Scientific memoirs by medical officers of the Army of India - Part III,
Year: 1887
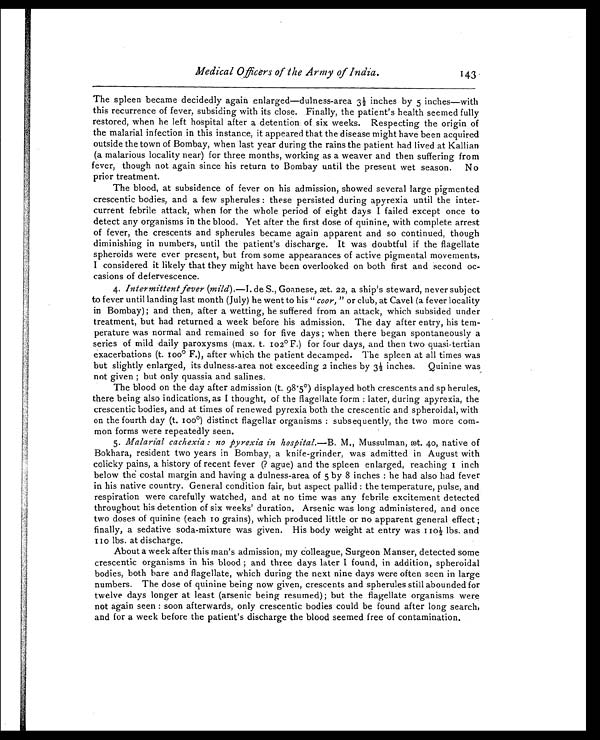
Medical Officers of the Army of India.
The spleen became decidedly again enlarged—dulness-area 3 1/2 inches by 5 inches—with
this recurrence of fever, subsiding with its close. Finally, the patient's health seemed fully
restored, when he left hospital after a detention of six weeks. Respecting the origin of
the malarial infection in this instance, it appeared that the disease might have been acquired
outside the town of Bombay, when last year during the rains the patient had lived at Kallian
(a malarious locality near) for three months, working as a weaver and then suffering from
fever, though not again since his return to Bombay until the present wet season. No
prior treatment.
The blood, at subsidence of fever on his admission, showed several large pigmented
crescentic bodies, and a few spherules : these persisted during apyrexia until the inter-
current febrile attack, when for the whole period of eight days I failed except once to
detect any organisms in the blood. Yet after the first dose of quinine, with complete arrest
of fever, the crescents and spherules became again apparent and so continued, though
diminishing in numbers, until the patient's discharge. It was doubtful if the flagellate
spheroids were ever present, but from some appearances of active pigmental movements,
I considered it likely that they might have been overlooked on both first and second oc-
casions of defervescence.
4. Intermittent fever (mild).—I. de S., Goanese, æt. 22, a ship's steward, never subject
to fever until landing last month (July) he went to his "coor, " or club, at Cavel (a fever locality
in Bombay) ; and then, after a wetting, he suffered from an attack, which subsided under
treatment, but had returned a week before his admission. The day after entry, his tem-
perature was normal and remained so for five days ; when there began spontaneously a
series of mild daily paroxysms (max. t. 102˚ F.) for four days, and then two quasi-tertian
exacerbations (t. 100˚ F.) , after which the patient decamped. The spleen at all times was
but slightly enlarged, its dulness-area not exceeding 2 inches by 3 1/2 inches. Quinine was
not given ; but only quassia and salines.
The blood on the day after admission (t. 98.5˚) displayed both crescents and spherules,
there being also indications, as I thought, of the flagellate form : later, during apyrexia, the
crescentic bodies, and at times of renewed pyrexia both the crescentic and spheroidal, with
on the fourth day (t. 100˚) distinct flagellar organisms : subsequently, the two more com-
mon forms were repeatedly seen.
5. Malarial cachexia : no pyrexia in hospital.— B . M., Mussulman, æt. 40, native of
Bokhara, resident two years in Bombay, a knife-grinder, was admitted in August with
colicky pains, a history of recent fever (? ague) and the spleen enlarged, reaching 1 inch
below the costal margin and having a dulness-area of 5 by 8 inches : he had also had fever
in his native country. General condition fair, but aspect pallid : the temperature, pulse, and
respiration were carefully watched, and at no time was any febrile excitement detected
throughout his detention of six weeks' duration. Arsenic was long administered, and once
two doses of quinine (each 10 grains), which produced little or no apparent general effect ;
finally, a sedative soda-mixture was given. His body weight at entry was 110 1/2 lbs. and
110 lbs. at discharge.
About a week after this man's admission, my colleague, Surgeon Manser, detected some
crescentic organisms in his blood ; and three days later I found, in addition, spheroidal
bodies, both bare and flagellate, which during the next nine days were often seen in large
numbers. The dose of quinine being now given, crescents and spherules still abounded for
twelve days longer at least (arsenic being resumed) ; but the flagellate organisms were
not again seen : soon afterwards, only crescentic bodies could be found after long search,
and for a week before the patient's discharge the blood seemed free of contamination.
143